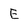
Character: E